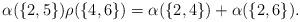
LaTeX: \begin{align*}\alpha(\{2,5\})\rho(\{4,6\})=\alpha(\{2,4\})+\alpha(\{2,6\}).\end{align*}